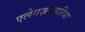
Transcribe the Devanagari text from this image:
एलेगज़ेनडरिया